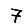
Digit: 7